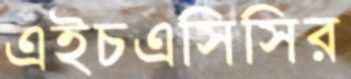
এইচএসিসির